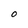
Character: 0